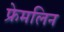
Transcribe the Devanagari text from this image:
फ्रेमलिन